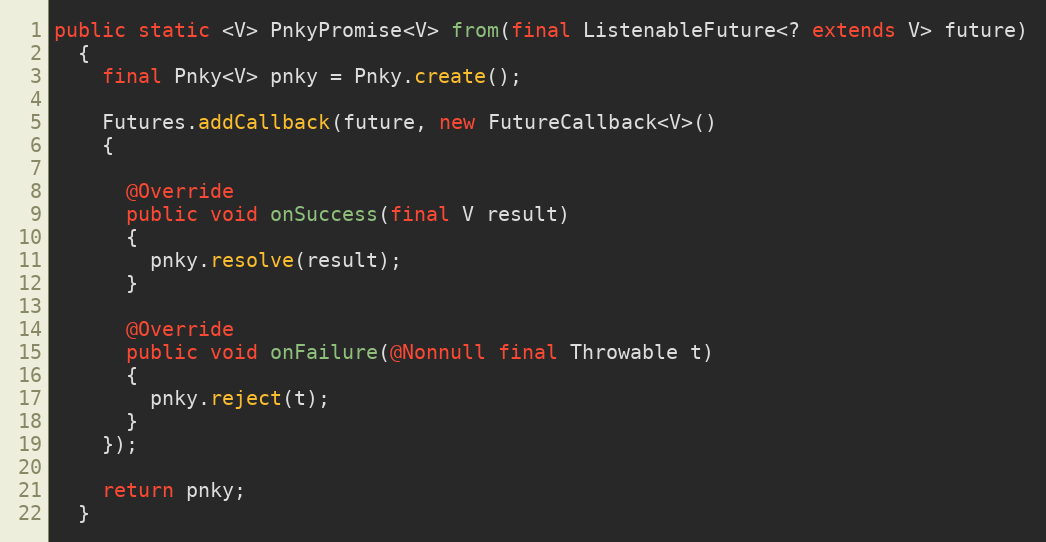
Language: Java
public static <V> PnkyPromise<V> from(final ListenableFuture<? extends V> future)
  {
    final Pnky<V> pnky = Pnky.create();

    Futures.addCallback(future, new FutureCallback<V>()
    {

      @Override
      public void onSuccess(final V result)
      {
        pnky.resolve(result);
      }

      @Override
      public void onFailure(@Nonnull final Throwable t)
      {
        pnky.reject(t);
      }
    });

    return pnky;
  }